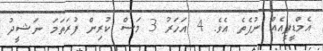
އެމްޑީޕީއެއް ނުފެތެ އެވެ. 4 އަހަރު 3 މަސް ކުރިން ފުރަތަމަ ނަޝީދު